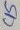
Text: C15